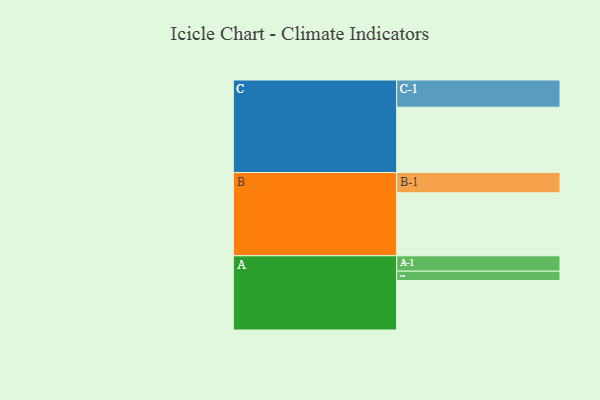
{"axis": {"x": "Segment", "y": "Value"}, "legend": ["", "A", "B", "C"], "data": [{"x": "A", "y": 431, "type": ""}, {"x": "B", "y": 548, "type": ""}, {"x": "C", "y": 568, "type": ""}, {"x": "A-1", "y": 134, "type": "A"}, {"x": "A-2", "y": 81, "type": "A"}, {"x": "B-1", "y": 177, "type": "B"}, {"x": "C-1", "y": 237, "type": "C"}]}